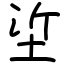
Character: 垽